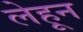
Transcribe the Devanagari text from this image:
लेहून